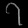
Digit: ၇